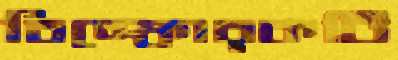
বিস্ফোরকটি